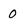
Character: 0